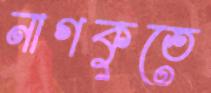
নাগকুতে